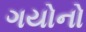
ગયોનો